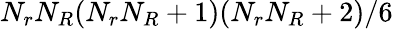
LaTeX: N_{r}N_{R}(N_{r}N_{R}+1)(N_{r}N_{R}+2)/6